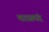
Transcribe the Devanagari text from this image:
मारसपंद